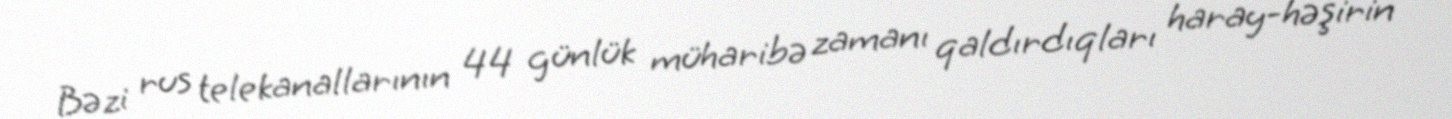
Bəzi rus telekanallarının 44 günlük müharibə zamanı qaldırdıqları haray-həşirin